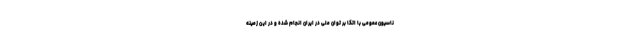
ناسیون عمومی با اتکا بر توان ملی در ایران انجام شده و در این زمینه